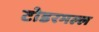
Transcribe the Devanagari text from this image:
टोडरमल्ल